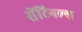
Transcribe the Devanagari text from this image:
सेंटिनल्स